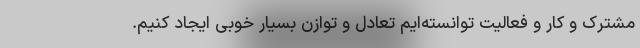
مشترک و کار و فعالیت توانسته‌ایم تعادل و توازن بسیار خوبی ایجاد کنیم.